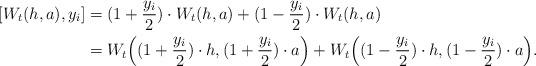
LaTeX: \begin{align*}[W_t(h,a),y_i] &=(1+\frac {y_i} 2)\cdot W_t(h,a)+(1-\frac{y_i} 2)\cdot W_t(h,a)\\&=W_t\Big((1+\frac {y_i} 2)\cdot h,(1+\frac {y_i} 2)\cdot a\Big)+ W_t\Big((1-\frac {y_i} 2)\cdot h,(1-\frac {y_i} 2)\cdot a\Big).\end{align*}